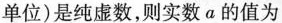
单位)是纯虚数，则实数a的值为